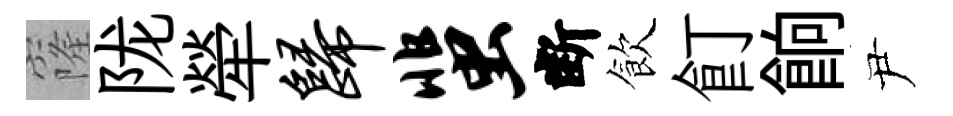
窿陇犖归蜚断飲飣餉尹